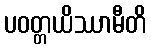
ပဝတ္တယိဿာမီတိ